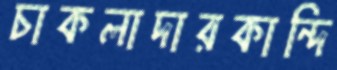
চাকলাদারকান্দি